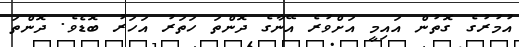
އުމުރުގެ ގޮތުން އައިމީ އަށްވުރެ އޭނާގެ ދޮންތަ ހަތަރު އަހަރު ބޮޑެވެ. ދޮންތަ